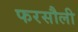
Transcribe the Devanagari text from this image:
फरसौली